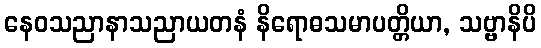
နေဝသညာနာသညာယတနံ နိရောဓသမာပတ္တိယာ, သဗ္ဗာနိပိ